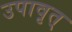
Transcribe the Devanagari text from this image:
उपावृत्